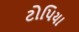
ટોપિયા